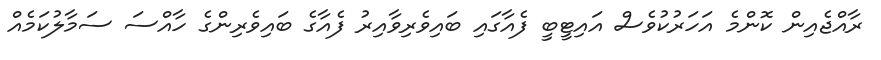
ރާއްޖެއިން ކޮންމެ އަހަރުކުވެސް އައިޓީބީ ފެއާގައި ބައިވެރިވާއިރު ފެއާގެ ބައިވެރިންގެ ހާއްސަ ސަމާލުކަމެއް